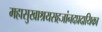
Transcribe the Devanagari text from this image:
महासुखाश्रयसहजांनदप्रदायिका